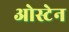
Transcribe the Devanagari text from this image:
ओस्टेन